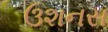
ઉશનસ